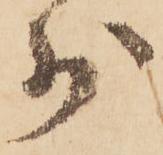
少